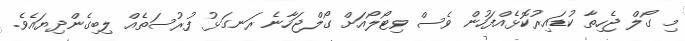
މި ގޯލް ޖެހިތާ ކުޑައިރުކޮޅެއްފަހުން ވެސް ވިޓޯލޯއަށް ގޯލްޖަހާނެ ރަނގަޅު ފުރުސަތެއް ލިބިގެންދިޔައެވެ.